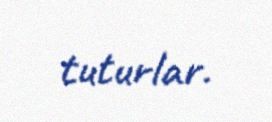
tuturlar.